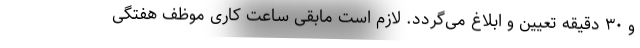
و ۳۰ دقیقه تعیین و ابلاغ می‌گردد. لازم است مابقی ساعت کاری موظف هفتگی